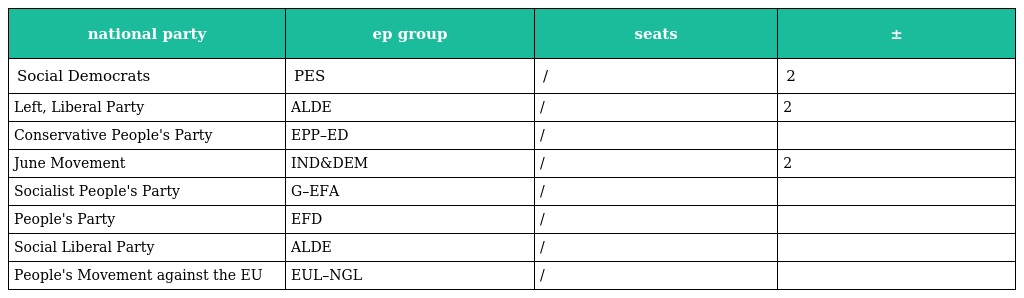
| national party | ep group | seats | ± |
 | --- | --- | --- | --- |
 | Social Democrats | PES | / | 2 |
 | Left, Liberal Party | ALDE | / | 2 |
 | Conservative People's Party | EPP–ED | / |  |
 | June Movement | IND&DEM | / | 2 |
 | Socialist People's Party | G–EFA | / |  |
 | People's Party | EFD | / |  |
 | Social Liberal Party | ALDE | / |  |
 | People's Movement against the EU | EUL–NGL | / |  |